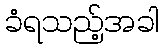
ခံရသည့်အခါ